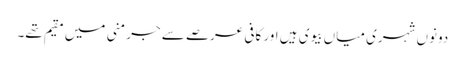
دونوں شہری میاں بیوی ہیں اور کافی عرصے سے جرمنی میں مقیم تھے۔